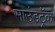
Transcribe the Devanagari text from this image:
साउंडट्रॅक